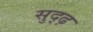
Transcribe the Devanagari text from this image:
सुद्ढ़